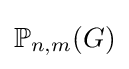
\mathbb {P} _{n,m}(G)